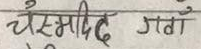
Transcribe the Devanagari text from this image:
चैसमादिद गतां